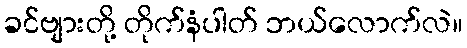
ခင်ဗျားတို့ တိုက်နံပါတ် ဘယ်လောက်လဲ။